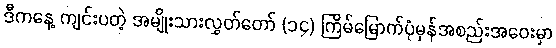
ဒီကနေ့ ကျင်းပတဲ့ အမျိုးသားလွှတ်တော် (၁၄) ကြိမ်မြောက်ပုံမှန်အစည်းအဝေးမှာ